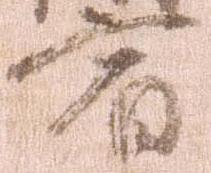
宿